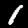
Label: 1